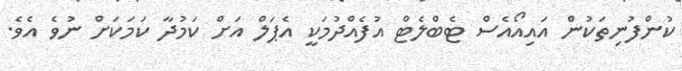
ކުންފުނިތަކުން އައިއޯއެސް ޓެބްލެޓް އުފެއްދުމަކީ އެޕަލް އަށް ކަމުދާ ކަމަކަށް ނުވެ އެވެ.